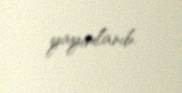
yayımlanıb.